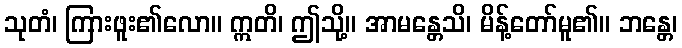
သုတံ၊ ကြားဖူး၏လော။ ဣတိ၊ ဤသို့။ အာမန္တေသိ၊ မိန့်တော်မူ၏။ ဘန္တေ၊